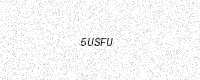
Text: 5USFU